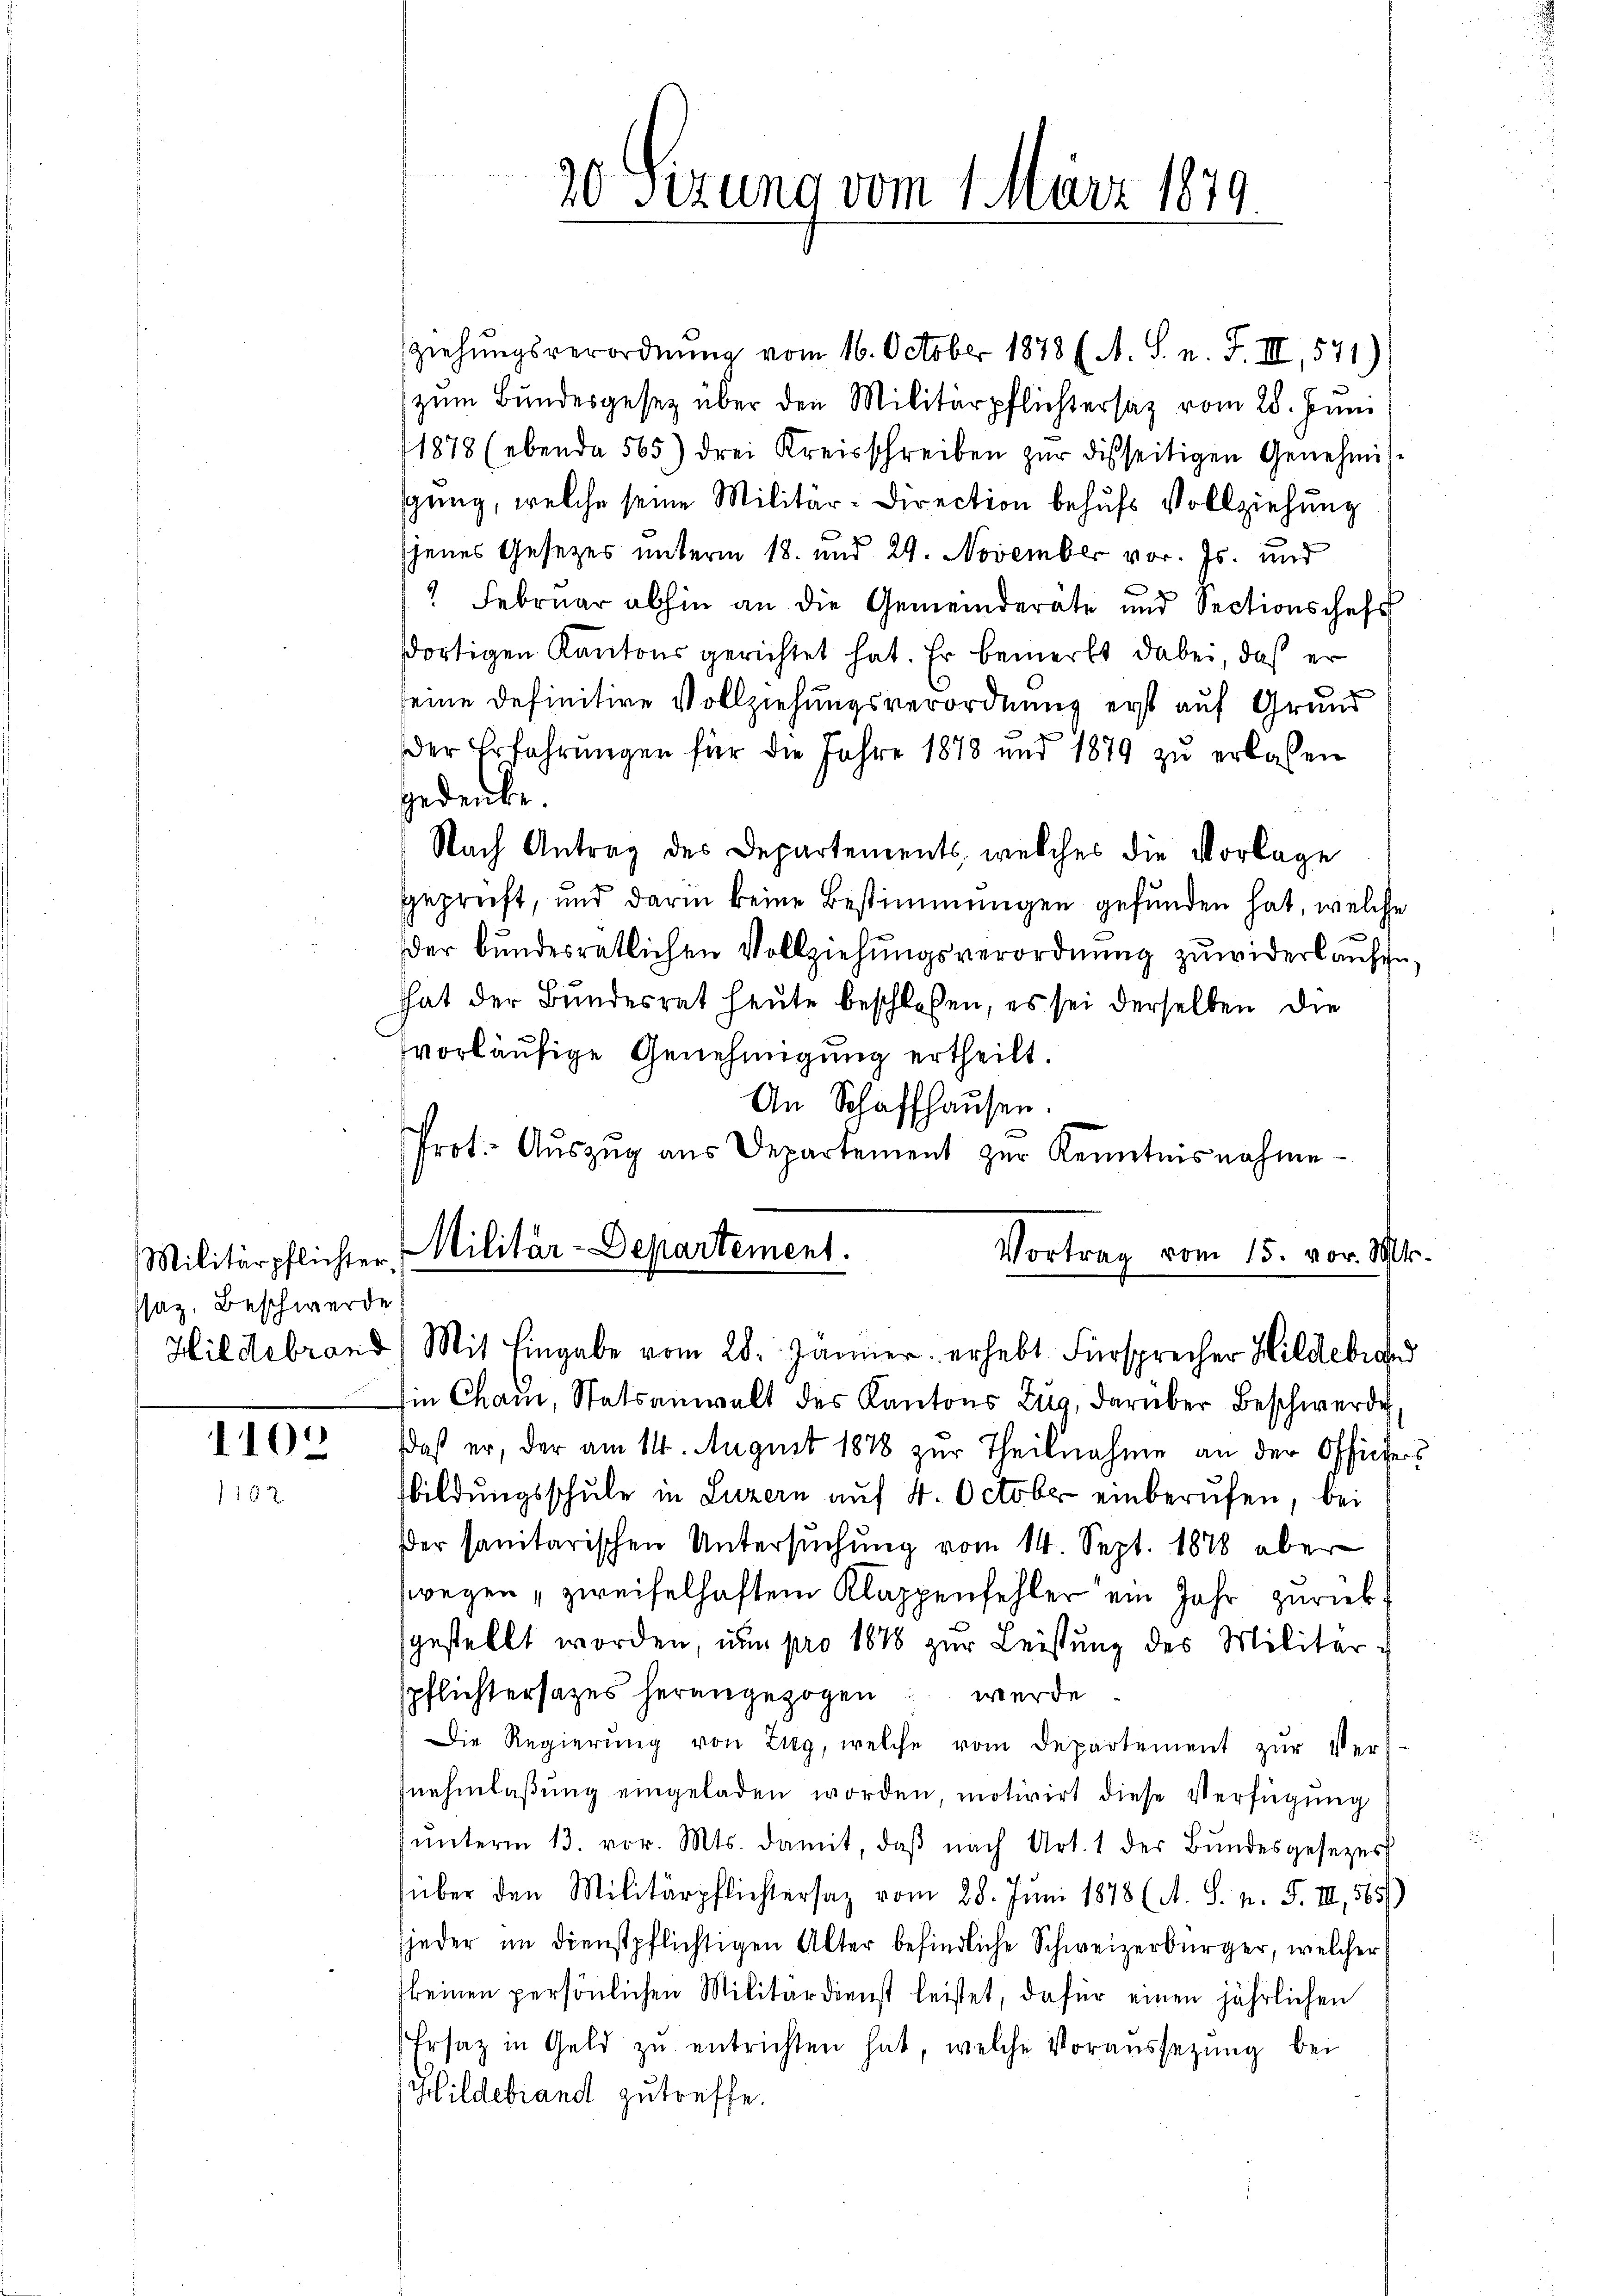
Militärpflichter
ssaz, Beschwerde

1102

ziehungsverordnung vom 16. October 1878 (A. S. n. F. III, 571)
zum Bundesgesetz über den Militärpflichtersaz vom 28. Juni
1878 (ebenda 565) drei Kreisschreiben zur disseitigen Genehmissgung, welche seine Militär-Direction behufs Vollziehung
jenes Gesetzes unterm 18. und 29. November vor. Js. und
e
" Februar abhin an die Gemeinderäte und Sectionschefs
dortigen Kantons gerichtet hat. Er bemerkt dabei, daß er
seine definitive Vollziehungsverordnung erst auf Grund
der Erfahrŭngen für die Jahre 1878 und 1879 zŭ erlassen
Gedenke.
Nach Antrag des Departements, welches die Vorlage
geprüft, und darin keine Bestimmungen gefunden hat, welche
der bundesratlichen Vollziehungsverordnung zuwiderlaufen
hhat der Bundesrat heute beschlossen, es sei derselben die
vorläufige Genehmigung ertheilt.
An Schaffhausen.
Prot. Aŭszŭg aŭs Departement zŭr Kenntnisnahme
Militär-Departement.
Vortrag vom 15. vor. M
Hildebrand Mit Eingabe vom 28. Jänner erhebt Fürsprecher Hildebra
in Cham, Statsanwalt des Kantons Zug, darüber Beschwerde,
daß er, der am 11. August 1878 Theilnahme an der Officier
bildungsschule in Luzern auf 4. Octobr. einberufen, bei
der sanitarischen Untersŭchŭng vom 14. Sept. 1878 aber
wegen „zweifelhaftem Klappenfehler ein Jahr zurück
gestellt worden, um pro 1876 zur Leistung des Militärspflichtersatzes herangezogen werde
Die Regierung von Zug, welche vom Departement zŭr Vernehmlassung eingeladen worden, motivirt diese Verfügung
ŭnterm 13. vor. Mts. damit, daβ nach Art. 1 der Bŭndesgesezess
über den Militärpflichtersaz vom 28. Juni 1878 (A. S. n. F. III, 565)
(jeder im Dienstpflichtigen Alter befindliche Schweizerbürger, welcher
keinen persönlichen Militärdienst leistet, dafür einen jährlichen
Ersatz in Geld zŭ entrichten hat, welche Voraussetzung bei
Hildebrand zutreffe.

20 Sizung vom 1. März 1879